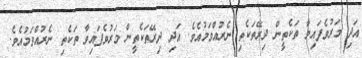
އަދި މަރުވެފައިވާ ތަކެތީން ދިރޭތަކެތި ނެރުއްވަމުއެވެ. އަދި ދިރޭތަކެތީން މަރުވެފައިވާ ތަކެތި ނެރުއްވަމުއެވެ.